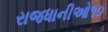
રાજધાનીઓ૧૦